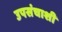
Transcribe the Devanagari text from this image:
उपसंचाशी